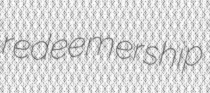
redeemership